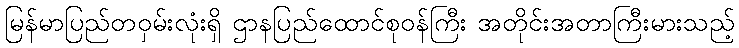
မြန်မာပြည်တဝှမ်းလုံးရှိ ဌာနပြည်ထောင်စုဝန်ကြီး အတိုင်းအတာကြီးမားသည့်